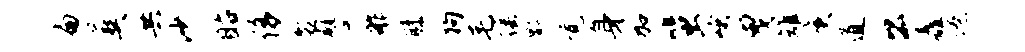
扁葬共沙眙侈袈譬舴膝狗毛徭黔觉身加蜚峨曳雉庚道公矗僚